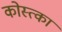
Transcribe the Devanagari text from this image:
कोस्त्का